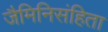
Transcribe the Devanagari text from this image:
जैमिनिसंहिता